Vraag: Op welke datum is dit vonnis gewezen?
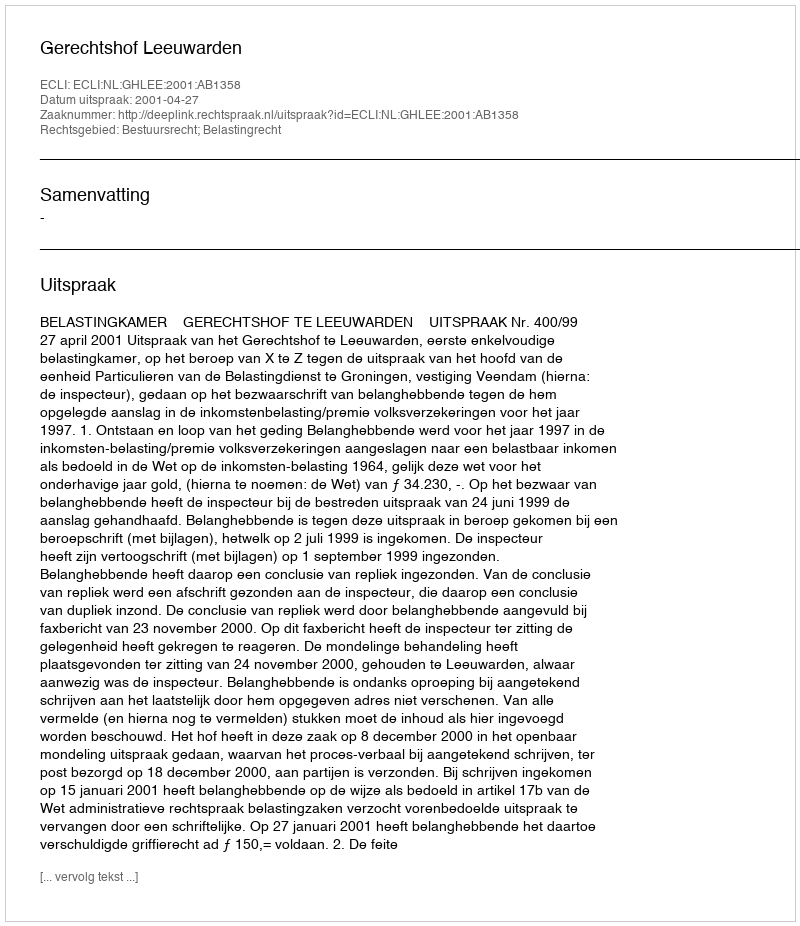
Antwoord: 2001-04-27